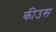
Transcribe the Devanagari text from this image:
कीउस